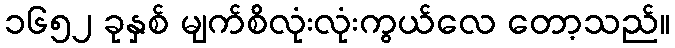
၁၆၅၂ ခုနှစ် မျက်စိလုံးလုံးကွယ်လေ တော့သည်။